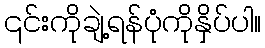
၎င်းကိုချဲ့ရန်ပုံကိုနှိပ်ပါ။